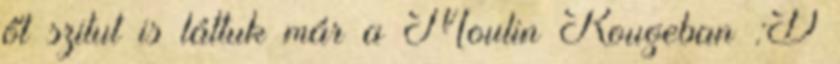
őt szitut is láttuk már a Moulin Rougeban :D